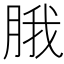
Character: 𬚾